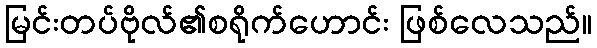
မြင်းတပ်ဗိုလ်၏စရိုက်ဟောင်း ဖြစ်လေသည်။